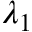
\lambda _ { 1 }